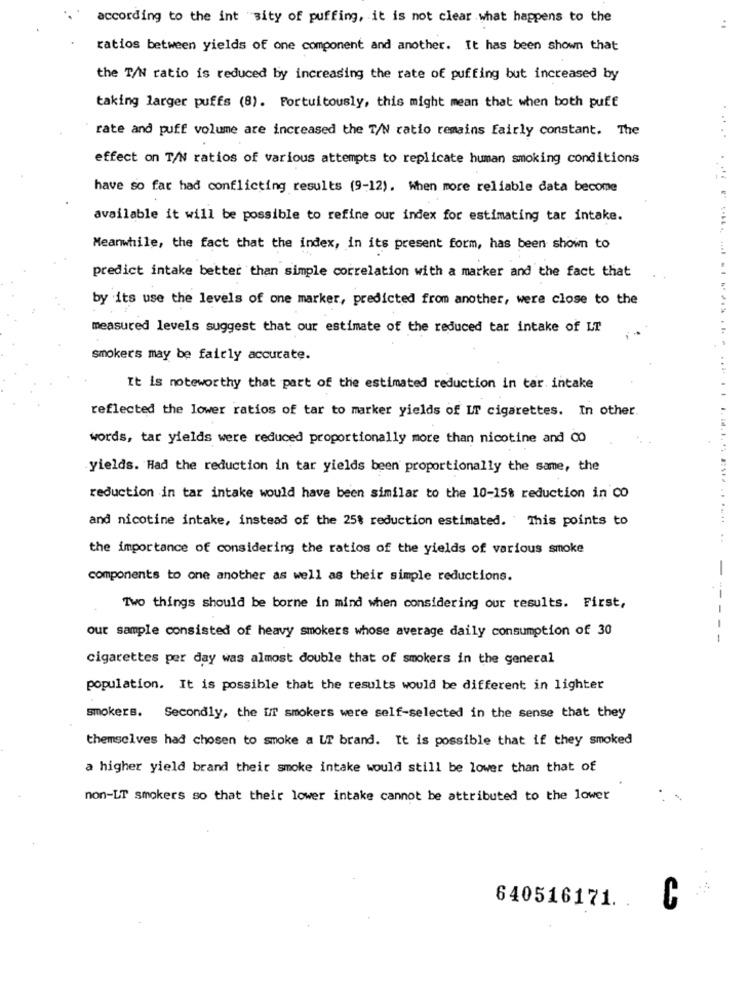
according to the int sity of puffing, it is not clear what happens to the
ratios between yields of one component and another. It has been shown that
the T/N ratio is reduced by increasing the rate of puffing but increased by
taking larger puffs (8). Fortuitously, this might mean that when both puff
rate and puff volume are increased the T/N ratio remains fairly constant. The
effect on T/N ratios of various attempts to replicate human smoking conditions
have so far had conflicting results (9-12). When more reliable data become
available it will be possible to refine our index for estimating tar intake.
Meanwhile, the fact that the index, in its present form, has been shown to
predict intake better than simple correlation with a marker and the fact that
by its use the levels of one marker, predicted from another, were close to the
measured levels suggest that our estimate of the reduced tar intake of LT
smokers may be fairly accurate.
It is noteworthy that part of the estimated reduction in tar. intake
reflected the lower ratios of tar to marker yields of LT cigarettes. In other.
words, tar yields were reduced proportionally more than nicotine and CO
yields. Had the reduction in tar yields been proportionally the same, the
reduction in tar intake would have been similar to the 10-15% reduction in CO
and nicotine intake, instead of the 25% reduction estimated. This points to
the importance of considering the ratios of the yields of various smoke
-
components to one another as well as their simple reductions.
-
Two things should be borne in mind when considering our results. First,
-
our sample consisted of heavy smokers whose average daily consumption of 30
-
-
cigarettes per day was almost double that of smokers in the general
population. It is possible that the results would be different in lighter
smokers. Secondly, the UT smokers were self-selected in the sense that they
themselves had chosen to smoke a UT brand. It is possible that if they smoked
a higher yield brand their smoke intake would still be lower than that of
non-LT smokers so that their lower intake cannot be attributed to the lower
640516171.
C